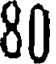
80